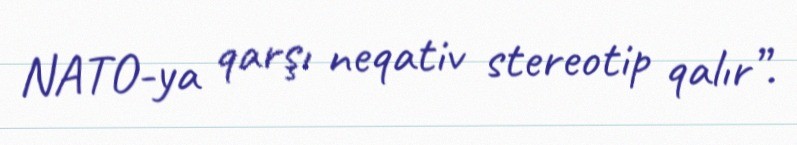
NATO-ya qarşı neqativ stereotip qalır”.